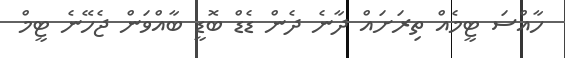
ހާއްސަ ޓީމެއް ތިރަށައް ދާނެ ދެން ޑެޑް ބޮޑީ ބާއްވަން ޖެހޭނެ ޓީމް